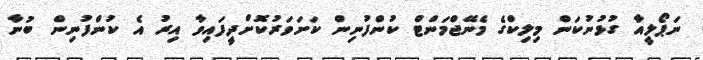
ނަޕޯލީއާ ގުޅުނުކަން މިލިކްގެ މެނޭޖްމަންޓް ކުންފުނިން ކަށަވަރުކޮށްދީފައިވާ އިރު އެ ކުންފުނިން ބުނާ